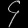
Digit: ၄